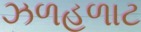
ઝળહળાટ